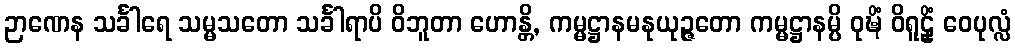
ဉာဏေန သင်္ခါရေ သမ္မသတော သင်္ခါရာပိ ဝိဘူတာ ဟောန္တိ, ကမ္မဋ္ဌာနမနုယုဉ္ဇတော ကမ္မဋ္ဌာနမ္ပိ ဝုဍ္ဎိံ ဝိရူဠှိံ ဝေပုလ္လံ